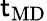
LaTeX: \mathsf{t}_{\mathrm{{MD}}}